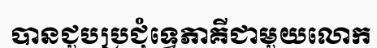
បានជួបប្រជុំទ្វេភាគីជាមួយលោក